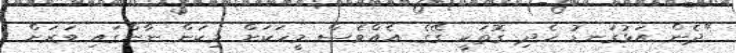
"ދެން އަޅުގަނޑު ހެދި ގޮތަކީ ގޭގެ އެއްވެސް މީހަކަށް މިކަން ނާންގައި ވަރަށް